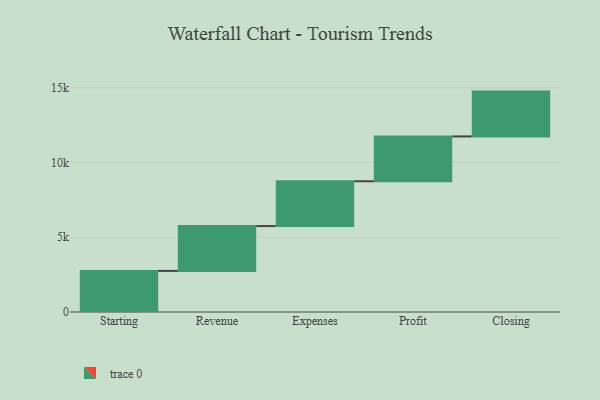
{"axis": {"x": "Step", "y": "Value"}, "legend": [""], "data": [{"x": "Starting", "y": 2750.0, "type": ""}, {"x": "Revenue", "y": 3000, "type": ""}, {"x": "Expenses", "y": 3000, "type": ""}, {"x": "Profit", "y": 3000, "type": ""}, {"x": "Closing", "y": 3000, "type": ""}]}